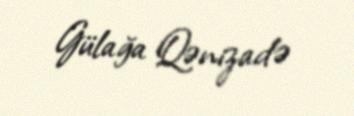
Gülağa Qənizadə